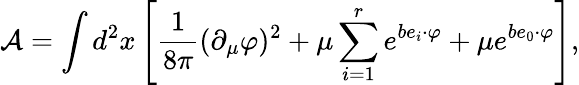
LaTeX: \mathcal{A}=\int d^{2}x\left[\frac{1}{8\pi}(\partial_{\mu}\varphi)^{2}+\mu\sum_{i=1}^{r}e^{be_{i}\cdot\varphi}+\mu e^{be_{0}\cdot\varphi}\right],